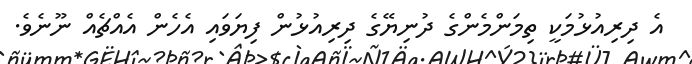
އެ ދިރިއުޅުމަކީ ތިމަންމެންގެ ދުނިޔޭގެ ދިރިއުޅުން ފިޔަވައި އެހެން އެއްޗެއް ނޫނެވެ.